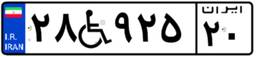
۲۸W۹۲۵۲۰